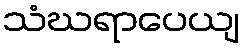
သံဃရာပေယျ